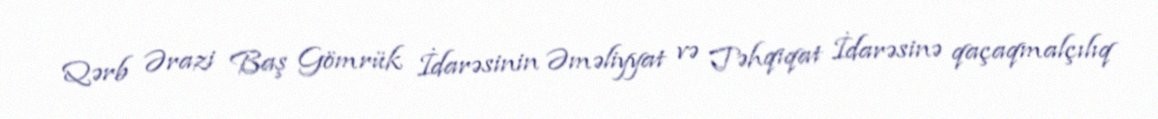
Qərb Ərazi Baş Gömrük İdarəsinin Əməliyyat və Təhqiqat İdarəsinə qaçaqmalçılıq